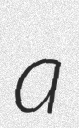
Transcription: a